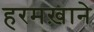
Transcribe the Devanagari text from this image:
हरमख़ाने